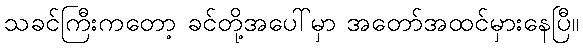
သခင်ကြီးကတော့ ခင်တို့အပေါ်မှာ အတော်အထင်မှားနေပြီ။